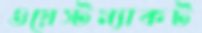
ওয়েস্টম্যাকট